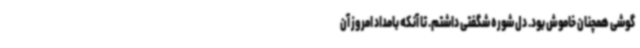
گوشی همچنان خاموش بود. دل شوره شگفتی داشتم. تا آنکه بامداد امروز آن